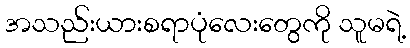
အသည်းယားစရာပုံလေးတွေကို သူမရဲ့